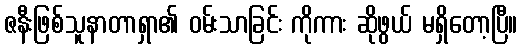
ဇနီးဖြစ်သူနာတာရှာ၏ ဝမ်းသာခြင်း ကိုကား ဆိုဖွယ် မရှိတော့ပြီ။